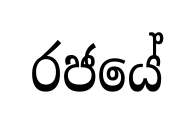
රජයේ